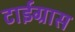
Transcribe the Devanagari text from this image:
टाईग्रास